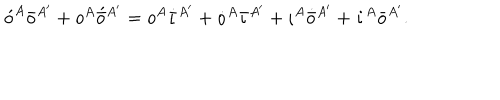
LaTeX: \acute { o } ^ { A } \bar { o } ^ { A ^ { \prime } } + o ^ { A } \acute { \bar { o } } { } ^ { A ^ { \prime } } = o ^ { A } \dot { \bar { \iota } } { } ^ { A ^ { \prime } } + \dot { o } ^ { A } \bar { \iota } { } ^ { A ^ { \prime } } + \iota ^ { A } \dot { \bar { o } } { } ^ { A ^ { \prime } } + \dot { \iota } ^ { A } \bar { o } { } ^ { A ^ { \prime } } .